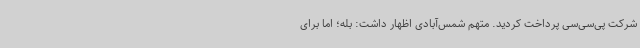
شرکت پی‌سی‌سی پرداخت کردید. متهم شمس‌آبادی اظهار داشت: بله؛ اما برای